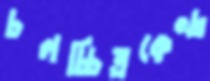
চলচ্চিত্রকেন্দ্র